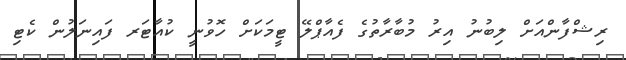
ރިޝްފާންއަށް ލިބުނު އިރު މުބާރާތުގެ ފެއާޕްލޭ ޓީމަކަށް ހޮވުނީ ކުއާޓަރ ފައިނަލުން ކެޓި